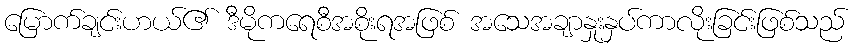
မြောက်ချင်းဟယ်၏ ဒီမိုကရေစီအစိုးရအဖြစ် အသေအချာနှုးနှပ်ကာလိုးခြင်းဖြစ်သည်